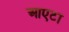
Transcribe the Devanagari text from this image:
आएटा